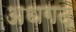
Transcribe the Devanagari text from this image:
अधगढ़